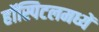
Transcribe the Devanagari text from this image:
हॉस्पिटलमध्यें